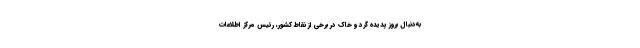
به‌دنبال بروز پدیده گرد و خاک در برخی از نقاط کشور، رئیس مرکز اطلاعات